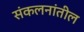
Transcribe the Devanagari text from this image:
संकलनांतील